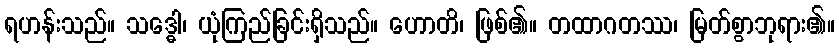
ရဟန်းသည်။ သဒ္ဓေါ၊ ယုံကြည်ခြင်းရှိသည်။ ဟောတိ၊ ဖြစ်၏။ တထာဂတဿ၊ မြတ်စွာဘုရား၏။